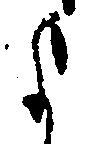
よ